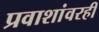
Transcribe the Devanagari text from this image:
प्रवाशांवरही